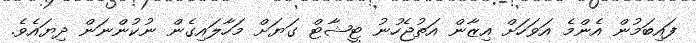
ފައިބަމުން އެންމެ އަވަހަށް އިޒާން އަތުޖެހުނު ޓީޝާޓް ގަޔަށް މަހާލައިގެން ނުކުންނަން ދިޔައެވެ.